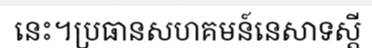
នេះ។ប្រធានសហគមន៍នេសាទស្តី